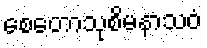
စေတောသုစိမနာသဝံ